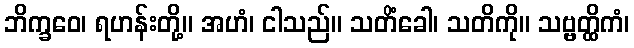
ဘိက္ခဝေ၊ ရဟန်းတို့။ အဟံ၊ ငါသည်။ သတိံခေါ၊ သတိကို။ သဗ္ဗတ္ထိကံ၊